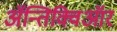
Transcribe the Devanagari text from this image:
ॲन्तिक्विऑर